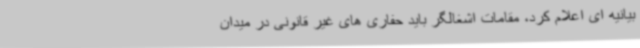
بیانیه ای اعلام کرد، مقامات اشغالگر باید حفاری های غیر قانونی در میدان